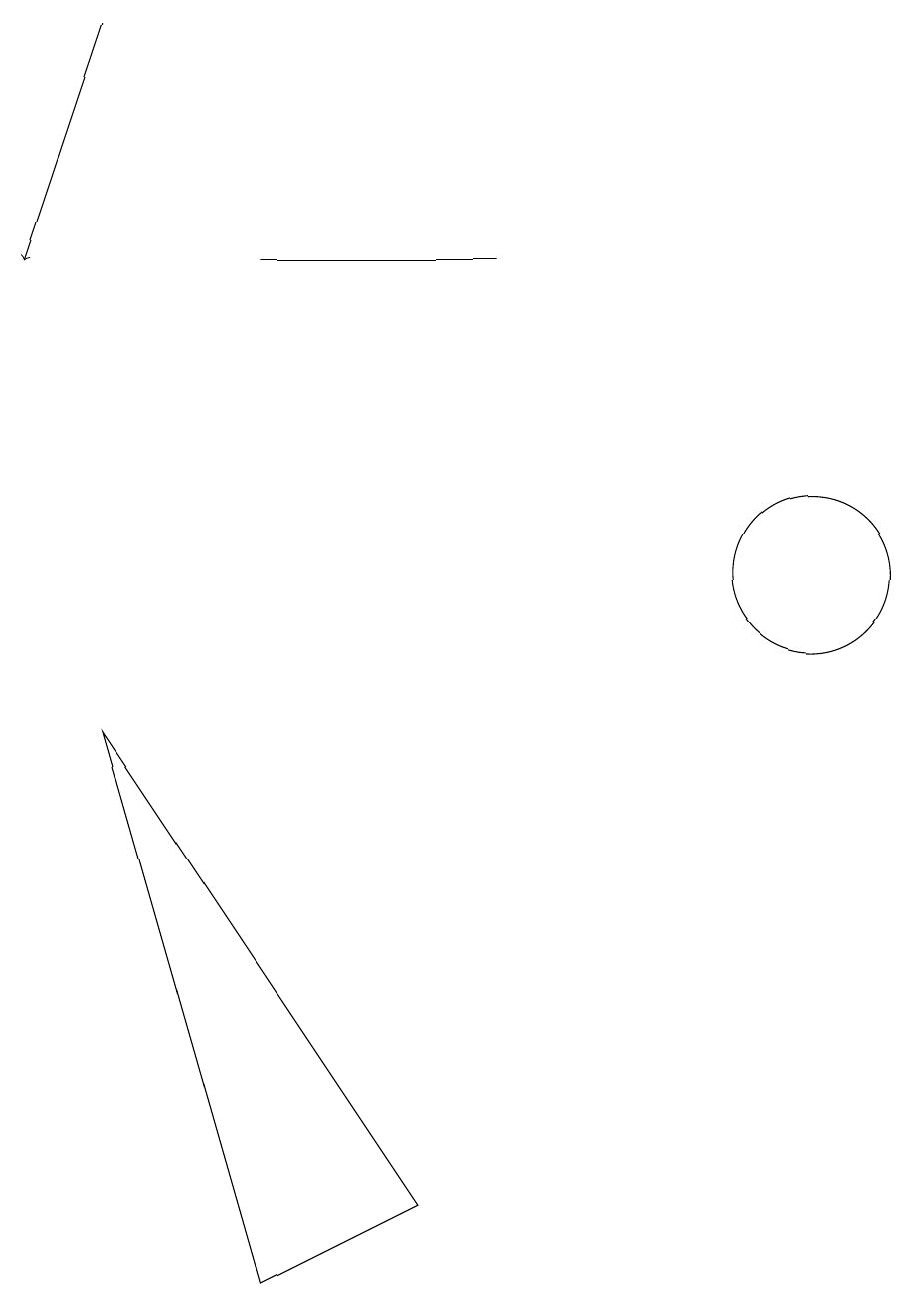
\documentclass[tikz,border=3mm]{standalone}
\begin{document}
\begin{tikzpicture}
\draw (10,10) circle (1);
\draw (1,8) -- (3,1) -- (5,2) -- cycle;
\draw (3,14) rectangle (6,14);
\draw[->] (1,17) -- (0,14);
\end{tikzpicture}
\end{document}